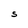
Character: S